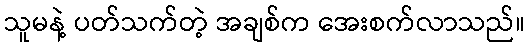
သူမနဲ့ ပတ်သက်တဲ့ အချစ်က အေးစက်လာသည်။